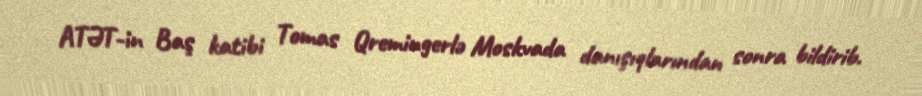
ATƏT-in Baş katibi Tomas Qremingerlə Moskvada danışıqlarından sonra bildirib.